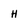
Character: h